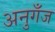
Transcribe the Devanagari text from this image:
अनुगँज